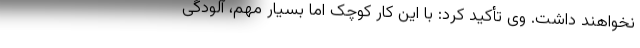
نخواهند داشت. وی تأکید کرد: با این کار کوچک اما بسیار مهم، آلودگی